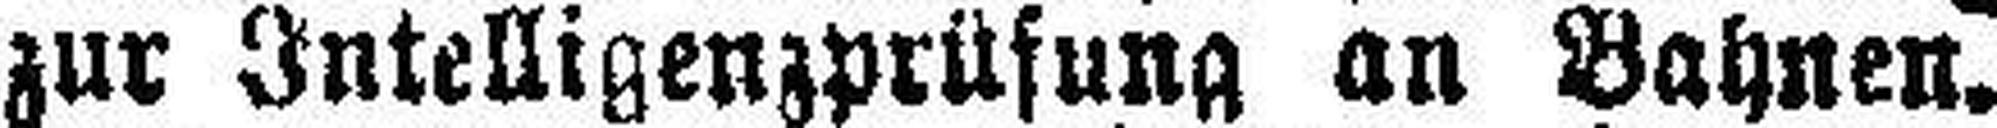
zur Intelligenzprüfung an Bahnen.